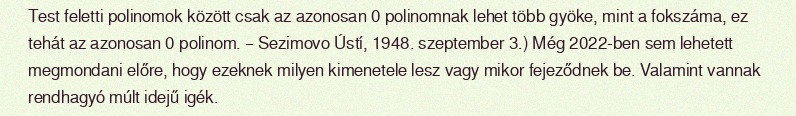
Test feletti polinomok között csak az azonosan 0 polinomnak lehet több gyöke, mint a fokszáma, ez tehát az azonosan 0 polinom. – Sezimovo Ústí, 1948. szeptember 3.) Még 2022-ben sem lehetett megmondani előre, hogy ezeknek milyen kimenetele lesz vagy mikor fejeződnek be. Valamint vannak rendhagyó múlt idejű igék.